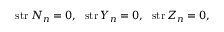
\mathrm { ~ s t r } \, N _ { n } = 0 , \, \, \mathrm { ~ s t r } \, Y _ { n } = 0 , \, \, \mathrm { ~ s t r } \, Z _ { n } = 0 ,